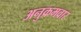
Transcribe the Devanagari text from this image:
अनुक्रमवार